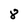
Character: 8